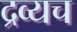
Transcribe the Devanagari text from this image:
द्रव्यच